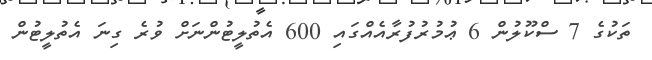
ތަކުގެ 7 ސްކޫލުން 6 ޢުމުރުފުރާއެއްގައި 600 އެތުލީޓުންނަށް ވުރެ ގިނަ އެތުލީޓުން